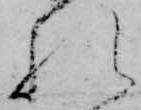
れ